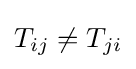
T_{ij}\neq T_{ji}